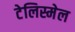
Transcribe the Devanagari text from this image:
टेलिस्मेल